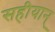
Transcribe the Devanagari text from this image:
सहीयान्